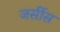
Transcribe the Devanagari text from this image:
जर्सीस